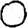
Digit: 0